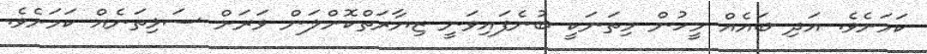
ކަމަށެވެ. އަދި ބައެއް މީހުން މިތަނަކީ ބުނެފައިވަނީ ޒިޔާރަތްކޮށްލަން ވަރަށް ސަޅިތަނެއް ކަމަށެވެ.